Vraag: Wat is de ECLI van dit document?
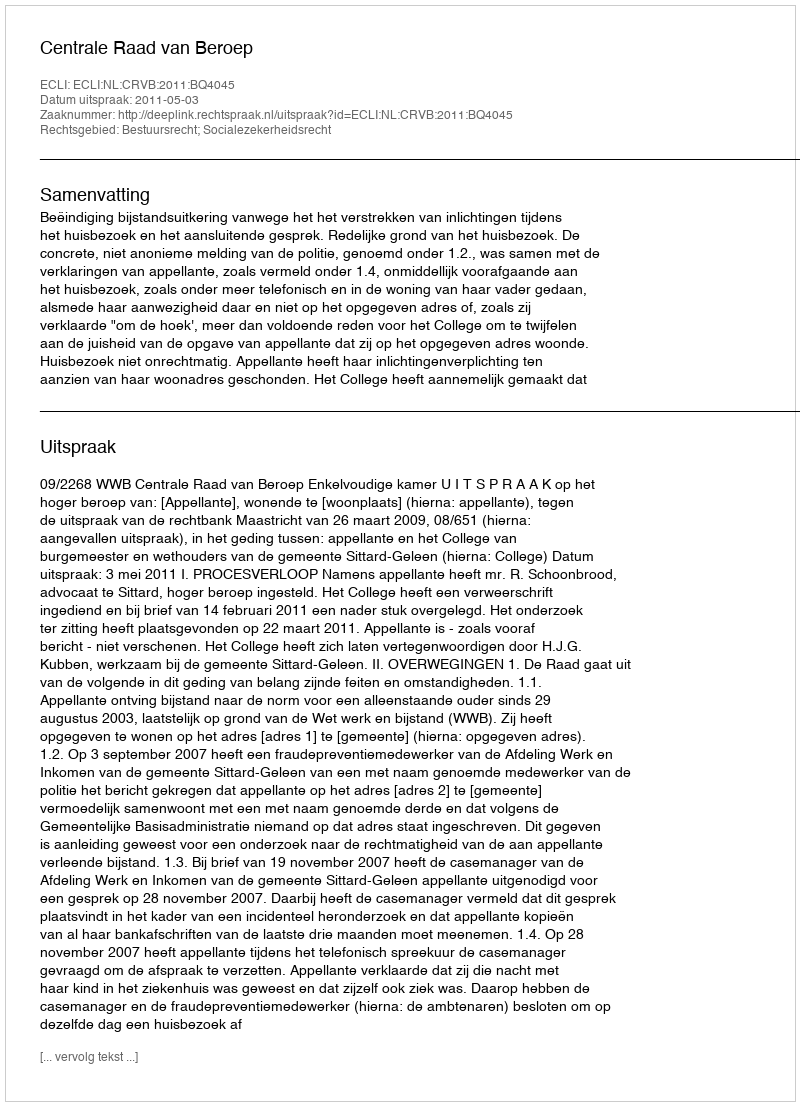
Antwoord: ECLI:NL:CRVB:2011:BQ4045